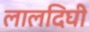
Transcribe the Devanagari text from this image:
लालदिघी